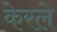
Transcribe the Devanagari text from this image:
केरले